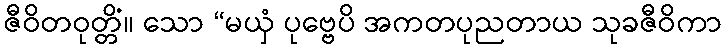
ဇီဝိတဝုတ္တိံ။ သော “မယှံ ပုဗ္ဗေပိ အကတပုညတာယ သုခဇီဝိကာ